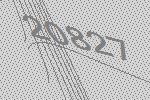
20827